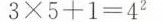
$$ 3×5+1=4^{2}$$